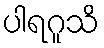
ပါရဂူသိ